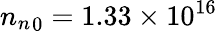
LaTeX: {n_{n}}_{0}=1.33\times 10^{16}